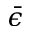
\bar { \epsilon }